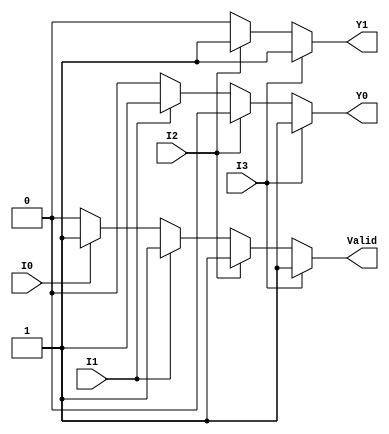
module encoder_4_to_2 (
    input wire I0,      // Input 0
    input wire I1,      // Input 1
    input wire I2,      // Input 2
    input wire I3,      // Input 3
    output reg Y1,      // Output 1
    output reg Y0,      // Output 0
    output reg Valid    // Valid flag
);

always @(*) begin
    // Default values
    Y1 = 1'b0;
    Y0 = 1'b0;
    Valid = 1'b0;

    // Priority encoding
    if (I3) begin
        Y1 = 1'b1;
        Y0 = 1'b1;
        Valid = 1'b1;
    end else if (I2) begin
        Y1 = 1'b1;
        Y0 = 1'b0;
        Valid = 1'b1;
    end else if (I1) begin
        Y1 = 1'b0;
        Y0 = 1'b1;
        Valid = 1'b1;
    end else if (I0) begin
        Y1 = 1'b0;
        Y0 = 1'b0;
        Valid = 1'b1;
    end
end

endmodule